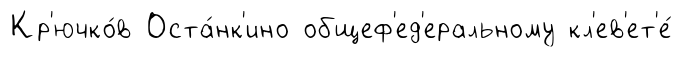
Кр'ючко́в Оста́нк'ино общеф'ед'еральному кл'ев'ет'е́